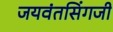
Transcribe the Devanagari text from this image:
जयवंतसिंगजी